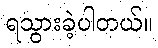
ရသွားခဲ့ပါတယ်။